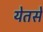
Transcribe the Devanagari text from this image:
येतसे